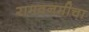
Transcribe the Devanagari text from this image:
रामवनमीचा